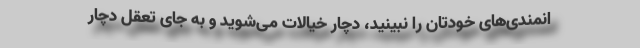
انمندی‌های خودتان را نبینید، دچار خیالات می‌شوید و به جای تعقل دچار